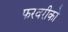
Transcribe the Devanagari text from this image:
फरवरीको